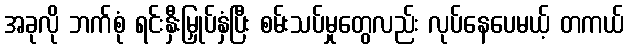
အခုလို ဘက်စုံ ရင်းနှီးမြှုပ်နှံပြီး စမ်းသပ်မှုတွေလည်း လုပ်နေပေမယ့် တကယ်